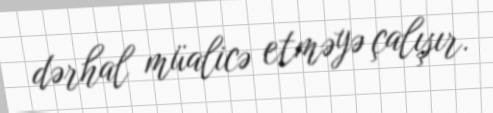
dərhal müalicə etməyə çalışır.